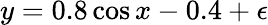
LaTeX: y=0.8\cos x-0.4+\epsilon